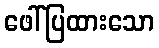
ဖေါ်ပြထားသော